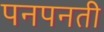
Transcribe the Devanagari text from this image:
पनपनती